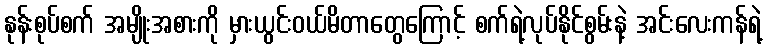
နုန်းစုပ်စက် အမျိုးအစားကို မှားယွင်းဝယ်မိတာတွေကြောင့် စက်ရဲ့လုပ်နိုင်စွမ်းနဲ့ အင်းလေးကန်ရဲ့